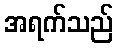
အရက်သည်